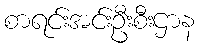
စာရင်းအင်းဦးစီးဌာန